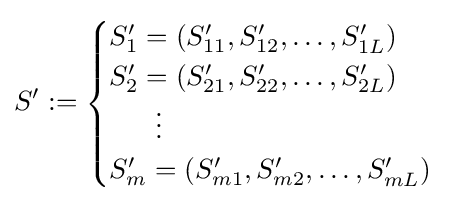
S':={\begin{cases}S'_{1}=(S'_{11},S'_{12},\ldots ,S'_{1L})\\S'_{2}=(S'_{21},S'_{22},\ldots ,S'_{2L})\\\,\,\,\,\,\,\,\,\,\,\vdots \\S'_{m}=(S'_{m1},S'_{m2},\ldots ,S'_{mL})\end{cases}}